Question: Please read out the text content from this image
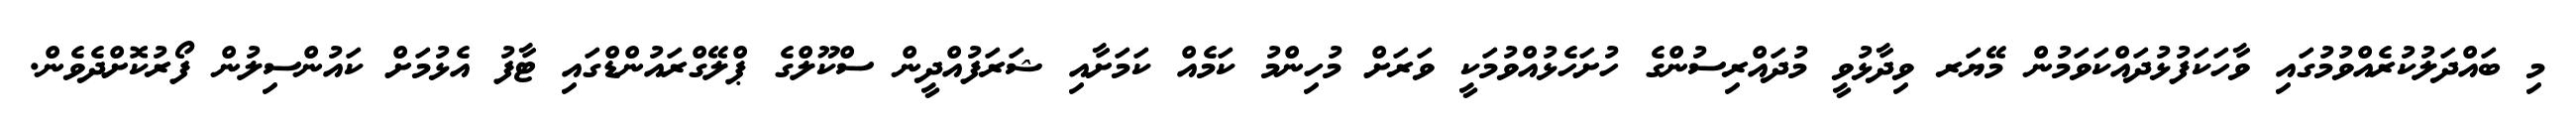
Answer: މި ބައްދަލުކުރެއްވުމުގައި ވާހަކަފުޅުދައްކަވަމުން މޭޔަރ ވިދާޅުވީ މުދައްރިސުންގެ ހުށަހެޅުއްވުމަކީ ވަރަށް މުހިންމު ކަމެއް ކަމަށާއި ޝަރަފުއްދީން ސްކޫލްގެ ޕްލޭގްރައުންޑްގައި ޓާފު އެޅުމަށް ކައުންސިލުން ފޯރުކޮށްދެވެން.